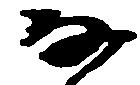
な